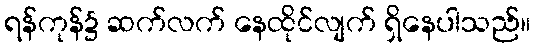
ရန်ကုန်၌ ဆက်လက် နေထိုင်လျက် ရှိနေပါသည်။